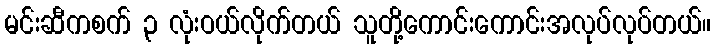
မင်းဆီကစက် ၃ လုံးဝယ်လိုက်တယ် သူတို့ကောင်းကောင်းအလုပ်လုပ်တယ်။